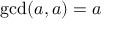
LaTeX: \operatorname* { g c d } ( a , a ) = a